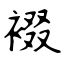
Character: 裰